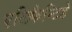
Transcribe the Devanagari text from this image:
एलिफैन्टिडे